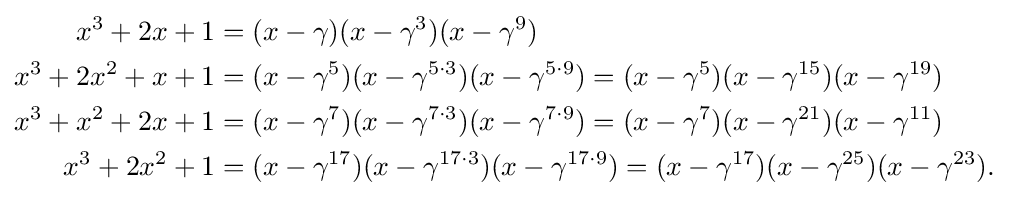
{\begin{aligned}x^{3}+2x+1&=(x-\gamma )(x-\gamma ^{3})(x-\gamma ^{9})\\x^{3}+2x^{2}+x+1&=(x-\gamma ^{5})(x-\gamma ^{5\cdot 3})(x-\gamma ^{5\cdot 9})=(x-\gamma ^{5})(x-\gamma ^{15})(x-\gamma ^{19})\\x^{3}+x^{2}+2x+1&=(x-\gamma ^{7})(x-\gamma ^{7\cdot 3})(x-\gamma ^{7\cdot 9})=(x-\gamma ^{7})(x-\gamma ^{21})(x-\gamma ^{11})\\x^{3}+2x^{2}+1&=(x-\gamma ^{17})(x-\gamma ^{17\cdot 3})(x-\gamma ^{17\cdot 9})=(x-\gamma ^{17})(x-\gamma ^{25})(x-\gamma ^{23}).\end{aligned}}